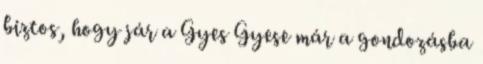
biztos, hogy jár a Gyes Gyese már a gondozásba